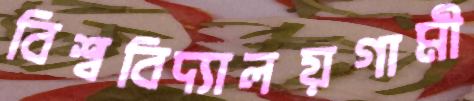
বিশ্ববিদ্যালয়গামী